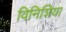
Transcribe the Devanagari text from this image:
विनिशिया